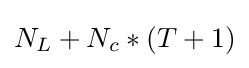
N_{L}+N_{c}*(T+1)